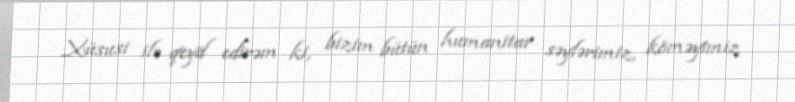
Xüsusi ilə qeyd edirəm ki, bizim bütün humanitar səylərimiz, köməyimiz